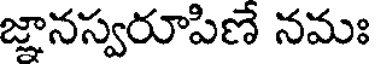
జ్ఞానస్వరూపిణే నమః